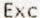
EXC